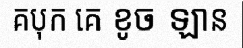
គបុក គេ ខូច ឡាន